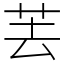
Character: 䒧